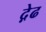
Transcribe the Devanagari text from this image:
द़ेढ